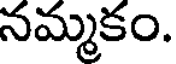
నమ్మకం.